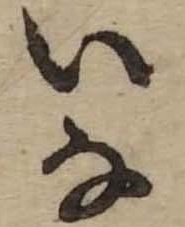
いな